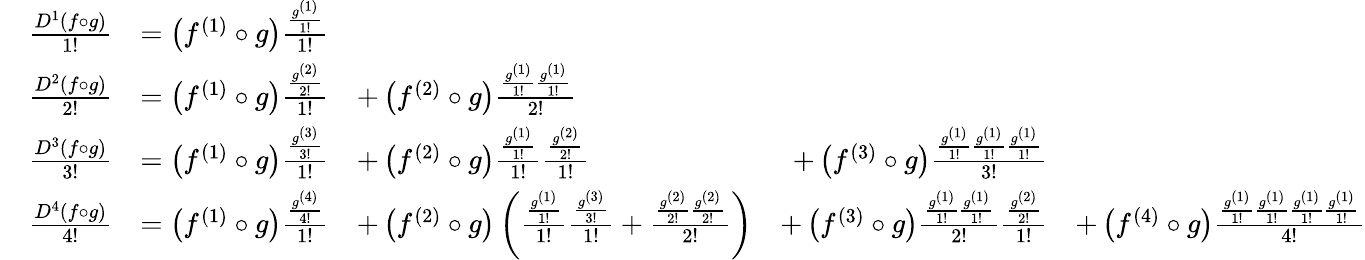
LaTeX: {\begin{array}{rlrlrl}&{{\frac{D^{1}(f\circ g)}{1!}}}&{=\left(f^{(1)}\circ g\right){\frac{\frac{g^{(1)}}{1!}}{1!}}}\\ &{{\frac{D^{2}(f\circ g)}{2!}}}&{=\left(f^{(1)}\circ g\right){\frac{\frac{g^{(2)}}{2!}}{1!}}}&{+\left(f^{(2)}\circ g\right){\frac{{\frac{g^{(1)}}{1!}}{\frac{g^{(1)}}{1!}}}{2!}}}\\ &{{\frac{D^{3}(f\circ g)}{3!}}}&{=\left(f^{(1)}\circ g\right){\frac{\frac{g^{(3)}}{3!}}{1!}}}&{+\left(f^{(2)}\circ g\right){\frac{\frac{g^{(1)}}{1!}}{1!}}{\frac{\frac{g^{(2)}}{2!}}{1!}}}&{+\left(f^{(3)}\circ g\right){\frac{{\frac{g^{(1)}}{1!}}{\frac{g^{(1)}}{1!}}{\frac{g^{(1)}}{1!}}}{3!}}}\\ &{{\frac{D^{4}(f\circ g)}{4!}}}&{=\left(f^{(1)}\circ g\right){\frac{\frac{g^{(4)}}{4!}}{1!}}}&{+\left(f^{(2)}\circ g\right)\left({\frac{\frac{g^{(1)}}{1!}}{1!}}{\frac{\frac{g^{(3)}}{3!}}{1!}}+{\frac{{\frac{g^{(2)}}{2!}}{\frac{g^{(2)}}{2!}}}{2!}}\right)}&{+\left(f^{(3)}\circ g\right){\frac{{\frac{g^{(1)}}{1!}}{\frac{g^{(1)}}{1!}}}{2!}}{\frac{\frac{g^{(2)}}{2!}}{1!}}}&{+\left(f^{(4)}\circ g\right){\frac{{\frac{g^{(1)}}{1!}}{\frac{g^{(1)}}{1!}}{\frac{g^{(1)}}{1!}}{\frac{g^{(1)}}{1!}}}{4!}}}\end{array}}